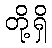
တို့ရှိ